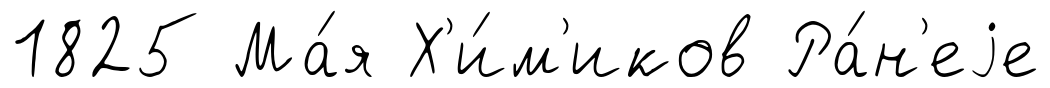
1825 Ма́я Х'и́м'иков Ра́н'еjе